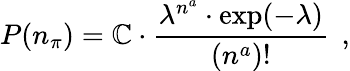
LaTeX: P(n_{\pi})=\mathbb{C}\cdot\frac{{\lambda^{n^{a}}\cdot\exp(-\lambda)}}{{(n^{a})!}}\: \: ,